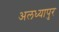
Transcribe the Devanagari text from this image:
अलध्यापुर